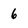
Character: 6